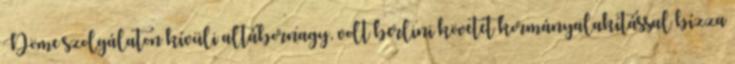
Döme szolgálaton kívüli altábornagy, volt berlini követet kormányalakítással bízza